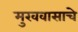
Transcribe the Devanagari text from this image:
मुखवासाचे